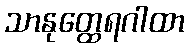
သာနုတ္ထေရဂါထာ